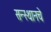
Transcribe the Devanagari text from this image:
सन्स्थानचे